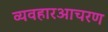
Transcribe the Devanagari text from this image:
व्यवहारआचरण